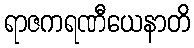
ရာဇကရဏီယေနာတိ